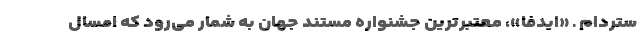
ستردام ـ «ایدفا»، معتبرترین جشنواره مستند جهان به شمار می‌رود که امسال